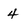
Character: 4